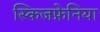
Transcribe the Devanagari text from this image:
स्किजफ्रेनिया